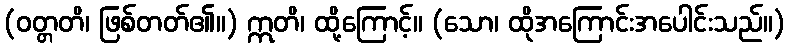
(ဝတ္တတိ၊ ဖြစ်တတ်၏။) ဣတိ၊ ထို့ကြောင့်။ (သော၊ ထိုအကြောင်းအပေါင်းသည်။)